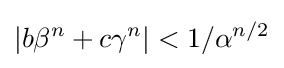
\left\vert b\beta ^{n}+c\gamma ^{n}\right\vert <1/\alpha ^{n/2}